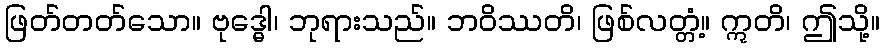
ဖြတ်တတ်သော။ ဗုဒ္ဓေါ၊ ဘုရားသည်။ ဘဝိဿတိ၊ ဖြစ်လတ္တံ့။ ဣတိ၊ ဤသို့။